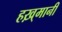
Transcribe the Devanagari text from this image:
हख़्मानी